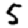
Digit: 5